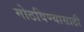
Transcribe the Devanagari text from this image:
गोठविण्यासाठी